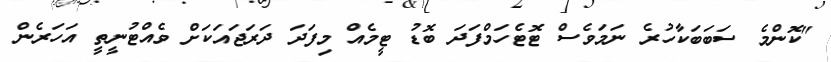
"ކޮންމެ ސަބަބަކާހުރެ ނަމަވެސް ޓޮޓެހަމްފަދަ ބޮޑު ޓީމެއް މިފަދަ ދަރަޖައަކަށް ވެއްޓުނީތީ އަހަރެން